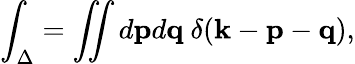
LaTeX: \int_{\Delta}=\iint d{\mathbf{p}}d{\mathbf{q}}\ \delta({\mathbf{k}}-{\mathbf{p}}-{\mathbf{q}}),